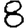
Digit: 8